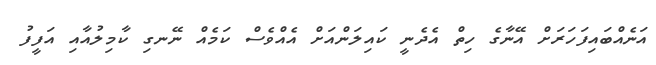
އަނެއްބައިފަހަރަށް އޭނާގެ ހިތް އެދެނީ ކައިލަންއަށް އެއްވެސް ކަމެއް ނޭނގި ކާމިލުއާއި އަފީފު